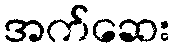
အက်ဆေး